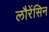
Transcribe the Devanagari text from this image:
लौरेंसिन